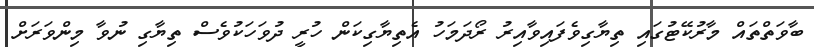
ބާވަތްތައް މާރުކޭޓުގައި ތިޔާގިވެފައިވާއިރު ރޯދަމަހު އެތިޔާގިކަން ހުރީ ދުވަހަކުވެސް ތިޔާގި ނުވާ މިންވަރަށް